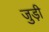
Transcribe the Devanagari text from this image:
जुड़ी़